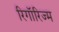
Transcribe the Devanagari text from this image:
रिगॉरिज्म